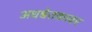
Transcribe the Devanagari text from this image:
अधश्चेतकावर